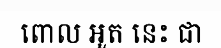
ពោល អួត នេះ ជា